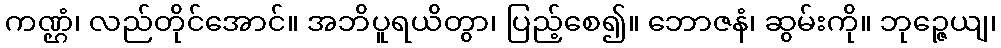
ကဏ္ဌံ၊ လည်တိုင်အောင်။ အဘိပူရယိတွာ၊ ပြည့်စေ၍။ ဘောဇနံ၊ ဆွမ်းကို။ ဘုဉ္ဇေယျ၊